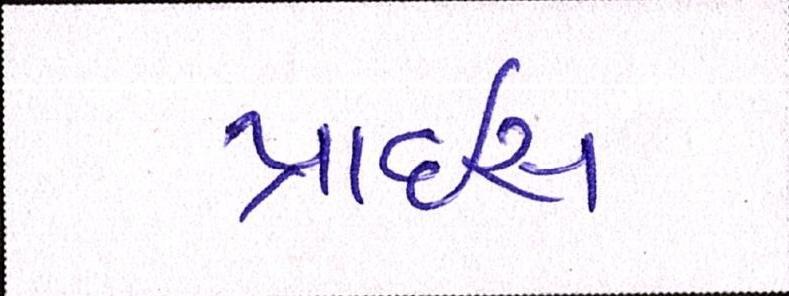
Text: પ્રાઇસ